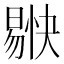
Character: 𭧚